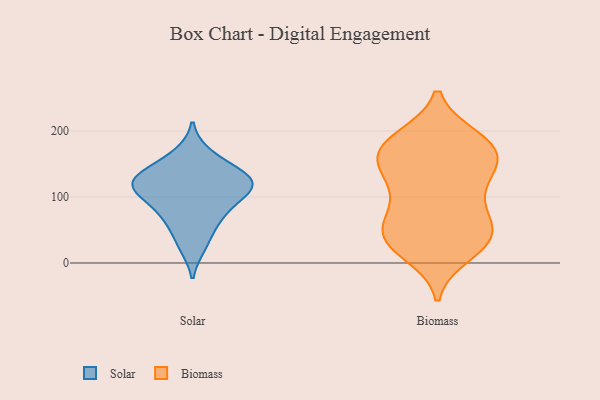
{"axis": {"x": "Gross Profit (USD K)", "y": "Value"}, "legend": ["Biomass", "Solar"], "data": [{"x": "", "y": 142, "type": "Solar"}, {"x": "", "y": 136, "type": "Solar"}, {"x": "", "y": 73, "type": "Solar"}, {"x": "", "y": 166, "type": "Solar"}, {"x": "", "y": 114, "type": "Solar"}, {"x": "", "y": 122, "type": "Solar"}, {"x": "", "y": 87, "type": "Solar"}, {"x": "", "y": 54, "type": "Solar"}, {"x": "", "y": 121, "type": "Solar"}, {"x": "", "y": 101, "type": "Solar"}, {"x": "", "y": 24, "type": "Solar"}, {"x": "", "y": 120, "type": "Solar"}, {"x": "", "y": 186, "type": "Biomass"}, {"x": "", "y": 15, "type": "Biomass"}, {"x": "", "y": 29, "type": "Biomass"}, {"x": "", "y": 138, "type": "Biomass"}, {"x": "", "y": 161, "type": "Biomass"}, {"x": "", "y": 80, "type": "Biomass"}, {"x": "", "y": 130, "type": "Biomass"}, {"x": "", "y": 177, "type": "Biomass"}, {"x": "", "y": 66, "type": "Biomass"}, {"x": "", "y": 128, "type": "Biomass"}, {"x": "", "y": 177, "type": "Biomass"}, {"x": "", "y": 166, "type": "Biomass"}, {"x": "", "y": 36, "type": "Biomass"}, {"x": "", "y": 66, "type": "Biomass"}, {"x": "", "y": 110, "type": "Biomass"}, {"x": "", "y": 41, "type": "Biomass"}, {"x": "", "y": 166, "type": "Biomass"}, {"x": "", "y": 36, "type": "Biomass"}, {"x": "", "y": 39, "type": "Biomass"}, {"x": "", "y": 188, "type": "Biomass"}]}